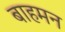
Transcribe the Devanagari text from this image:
बाहमन